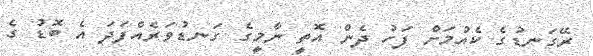
ރޭގަނޑުގެ ކެއުމަށް ފަހު ދެން އޮތީ ނާމީގެ ގަނޑުވަރެއްފަދަ އެ ބޮޑު ގެ